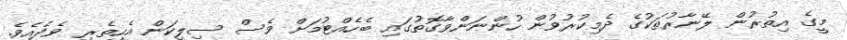
މީގެ އިތުރުން ލޭނާރުތަކުގެ ދެމިކުރުވުން ހުންނަންވާގޮތުގައި ބެހެއްޓުމަށް ވެސް ސިލިކަން އެހީތެރި ވެދެއެވެ.